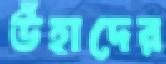
উঁহাদের